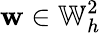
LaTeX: \mathbf{w}\in\mathbb{{W}}_{h}^{2}